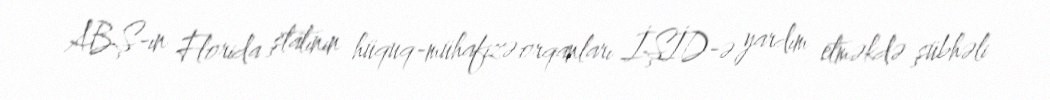
ABŞ-ın Florida ştatının hüquq-mühafizə orqanları İŞİD-ə yardım etməkdə şübhəli